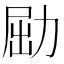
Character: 𠡰